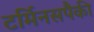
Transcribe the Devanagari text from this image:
टर्मिनसपैकी